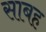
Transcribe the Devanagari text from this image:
साबह